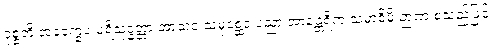
ဝုစ္စတိ အဝက္ခေပ ပရိသုဒ္ဓတ္တာ အာသဝ သမုစ္ဆေဒ ပညာ အာနန္တရိက သမာဓိမှိ ဉာဏံ စသည်ဖြင့်